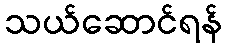
သယ်ဆောင်ရန်